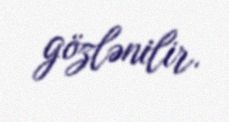
gözlənilir.